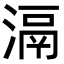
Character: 滆